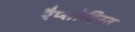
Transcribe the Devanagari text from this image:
रैप्सोदिस्त